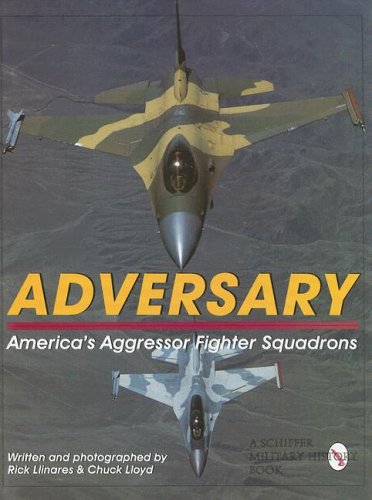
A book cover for Adversary: America's Aggressor Fighter Squadrons (Schiffer Military History); Chuck Lloyd; Arts & Photography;